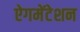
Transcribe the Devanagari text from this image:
ऐगमेंटेशन